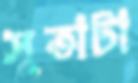
সুতাটা